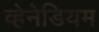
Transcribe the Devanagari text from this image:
व्हेनेडियम